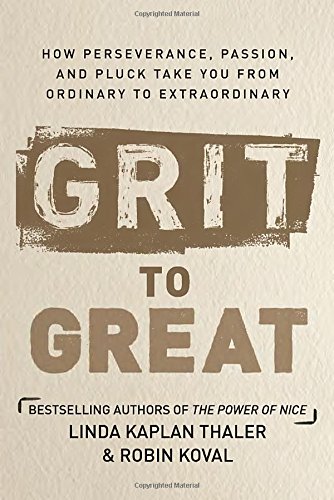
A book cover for Grit to Great: How Perseverance, Passion, and Pluck Take You from Ordinary to Extraordinary; Linda Kaplan Thaler; Business & Money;